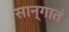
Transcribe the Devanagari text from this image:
सान्गातं